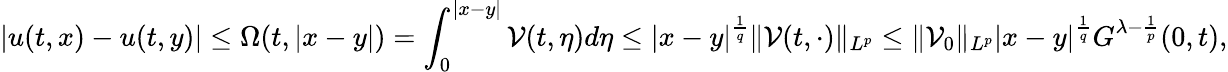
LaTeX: |u(t,x)-u(t,y)|\leq\Omega(t,|x-y|)=\int_{0}^{|x-y|}\mathcal{V}(t,\eta)d\eta\leq|x-y|^{\frac{1}{q}}\| \mathcal{V}(t,\cdot)\| _{L^{p}}\leq\| \mathcal{V}_{0}\| _{L^{p}}|x-y|^{\frac{1}{q}}G^{\lambda-\frac{1}{p}}(0,t),